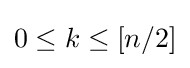
0\leq k\leq [n/2]